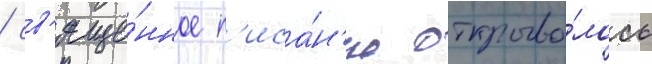
/ св'яще́нное п'иса́н'ие открыва́лось